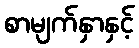
စာမျက်နှာနှင့်